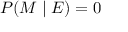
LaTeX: P ( M \mid E ) = 0